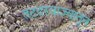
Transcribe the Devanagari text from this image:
तटदरवाज्यातून